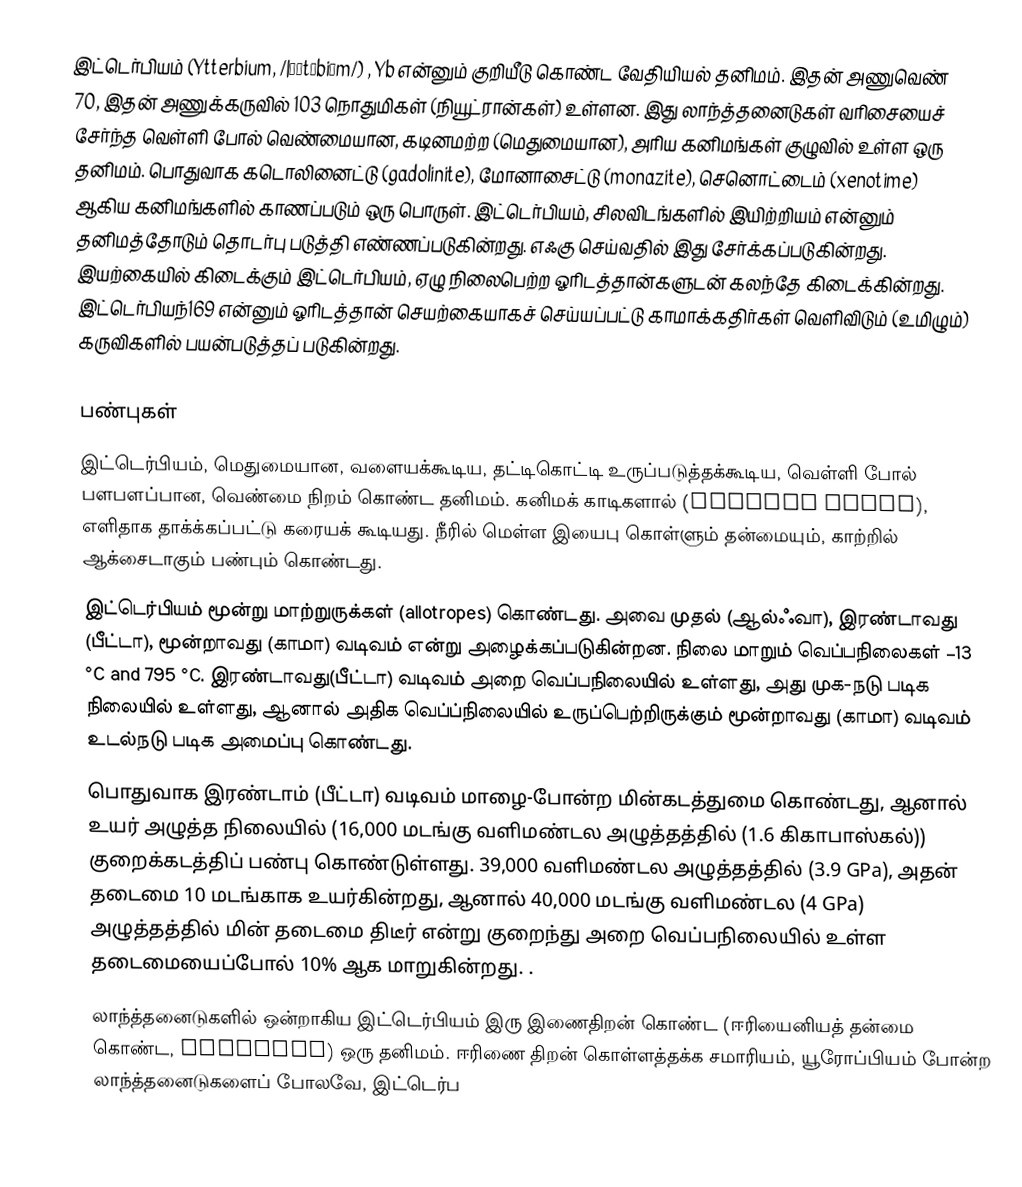
இட்டெர்பியம் (Ytterbium, /|ɪˈtɝbiəm/) , Yb என்னும் குறியீடு கொண்ட வேதியியல் தனிமம். இதன் அணுவெண் 70, இதன் அணுக்கருவில் 103 நொதுமிகள் (நியூட்ரான்கள்) உள்ளன. இது லாந்த்தனைடுகள் வரிசையைச் சேர்ந்த வெள்ளி போல் வெண்மையான, கடினமற்ற (மெதுமையான), அரிய கனிமங்கள் குழுவில் உள்ள ஒரு தனிமம். பொதுவாக கடொலினைட்டு (gadolinite), மோனாசைட்டு (monazite), செனொட்டைம் (xenotime) ஆகிய கனிமங்களில் காணப்படும் ஒரு பொருள். இட்டெர்பியம், சிலவிடங்களில் இயிற்றியம் என்னும் தனிமத்தோடும் தொடர்பு படுத்தி எண்ணப்படுகின்றது. எஃகு செய்வதில் இது சேர்க்கப்படுகின்றது. இயற்கையில் கிடைக்கும் இட்டெர்பியம், ஏழு நிலைபெற்ற ஓரிடத்தான்களுடன் கலந்தே கிடைக்கின்றது. இட்டெர்பியந்169 என்னும் ஓரிடத்தான் செயற்கையாகச் செய்யப்பட்டு  காமாக்கதிர்கள் வெளிவிடும் (உமிழும்) கருவிகளில் பயன்படுத்தப் படுகின்றது.

பண்புகள்
இட்டெர்பியம், மெதுமையான, வளையக்கூடிய, தட்டிகொட்டி உருப்படுத்தக்கூடிய, வெள்ளி போல் பளபளப்பான, வெண்மை நிறம் கொண்ட தனிமம். கனிமக் காடிகளால் (mineral acids), எளிதாக தாக்க்கப்பட்டு கரையக் கூடியது. நீரில் மெள்ள இயைபு கொள்ளும் தன்மையும், காற்றில் ஆக்சைடாகும் பண்பும் கொண்டது.
இட்டெர்பியம் மூன்று மாற்றுருக்கள் (allotropes) கொண்டது. அவை முதல் (ஆல்ஃவா), இரண்டாவது (பீட்டா), மூன்றாவது (காமா) வடிவம் என்று அழைக்கப்படுகின்றன. நிலை மாறும் வெப்பநிலைகள் −13 °C and 795 °C. இரண்டாவது(பீட்டா) வடிவம் அறை வெப்பநிலையில் உள்ளது, அது முக-நடு படிக நிலையில் உள்ளது, ஆனால் அதிக வெப்ப்நிலையில் உருப்பெற்றிருக்கும் மூன்றாவது (காமா) வடிவம் உடல்நடு படிக அமைப்பு கொண்டது.
பொதுவாக இரண்டாம் (பீட்டா) வடிவம் மாழை-போன்ற மின்கடத்துமை கொண்டது, ஆனால் உயர் அழுத்த நிலையில் (16,000 மடங்கு வளிமண்டல அழுத்தத்தில் (1.6 கிகாபாஸ்கல்)) குறைக்கடத்திப் பண்பு கொண்டுள்ளது. 39,000 வளிமண்டல அழுத்தத்தில் (3.9 GPa), அதன் தடைமை 10 மடங்காக உயர்கின்றது, ஆனால் 40,000 மடங்கு வளிமண்டல (4 GPa) அழுத்தத்தில் மின் தடைமை திடீர் என்று குறைந்து அறை வெப்பநிலையில் உள்ள தடைமையைப்போல் 10% ஆக மாறுகின்றது. .
லாந்த்தனைடுகளில் ஒன்றாகிய இட்டெர்பியம் இரு இணைதிறன் கொண்ட (ஈரியைனியத் தன்மை கொண்ட, divalent) ஒரு தனிமம். ஈரிணை திறன் கொள்ளத்தக்க சமாரியம், யூரோப்பியம் போன்ற லாந்த்தனைடுகளைப் போலவே, இட்டெர்ப